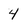
Character: 4